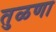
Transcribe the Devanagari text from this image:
तुळणा